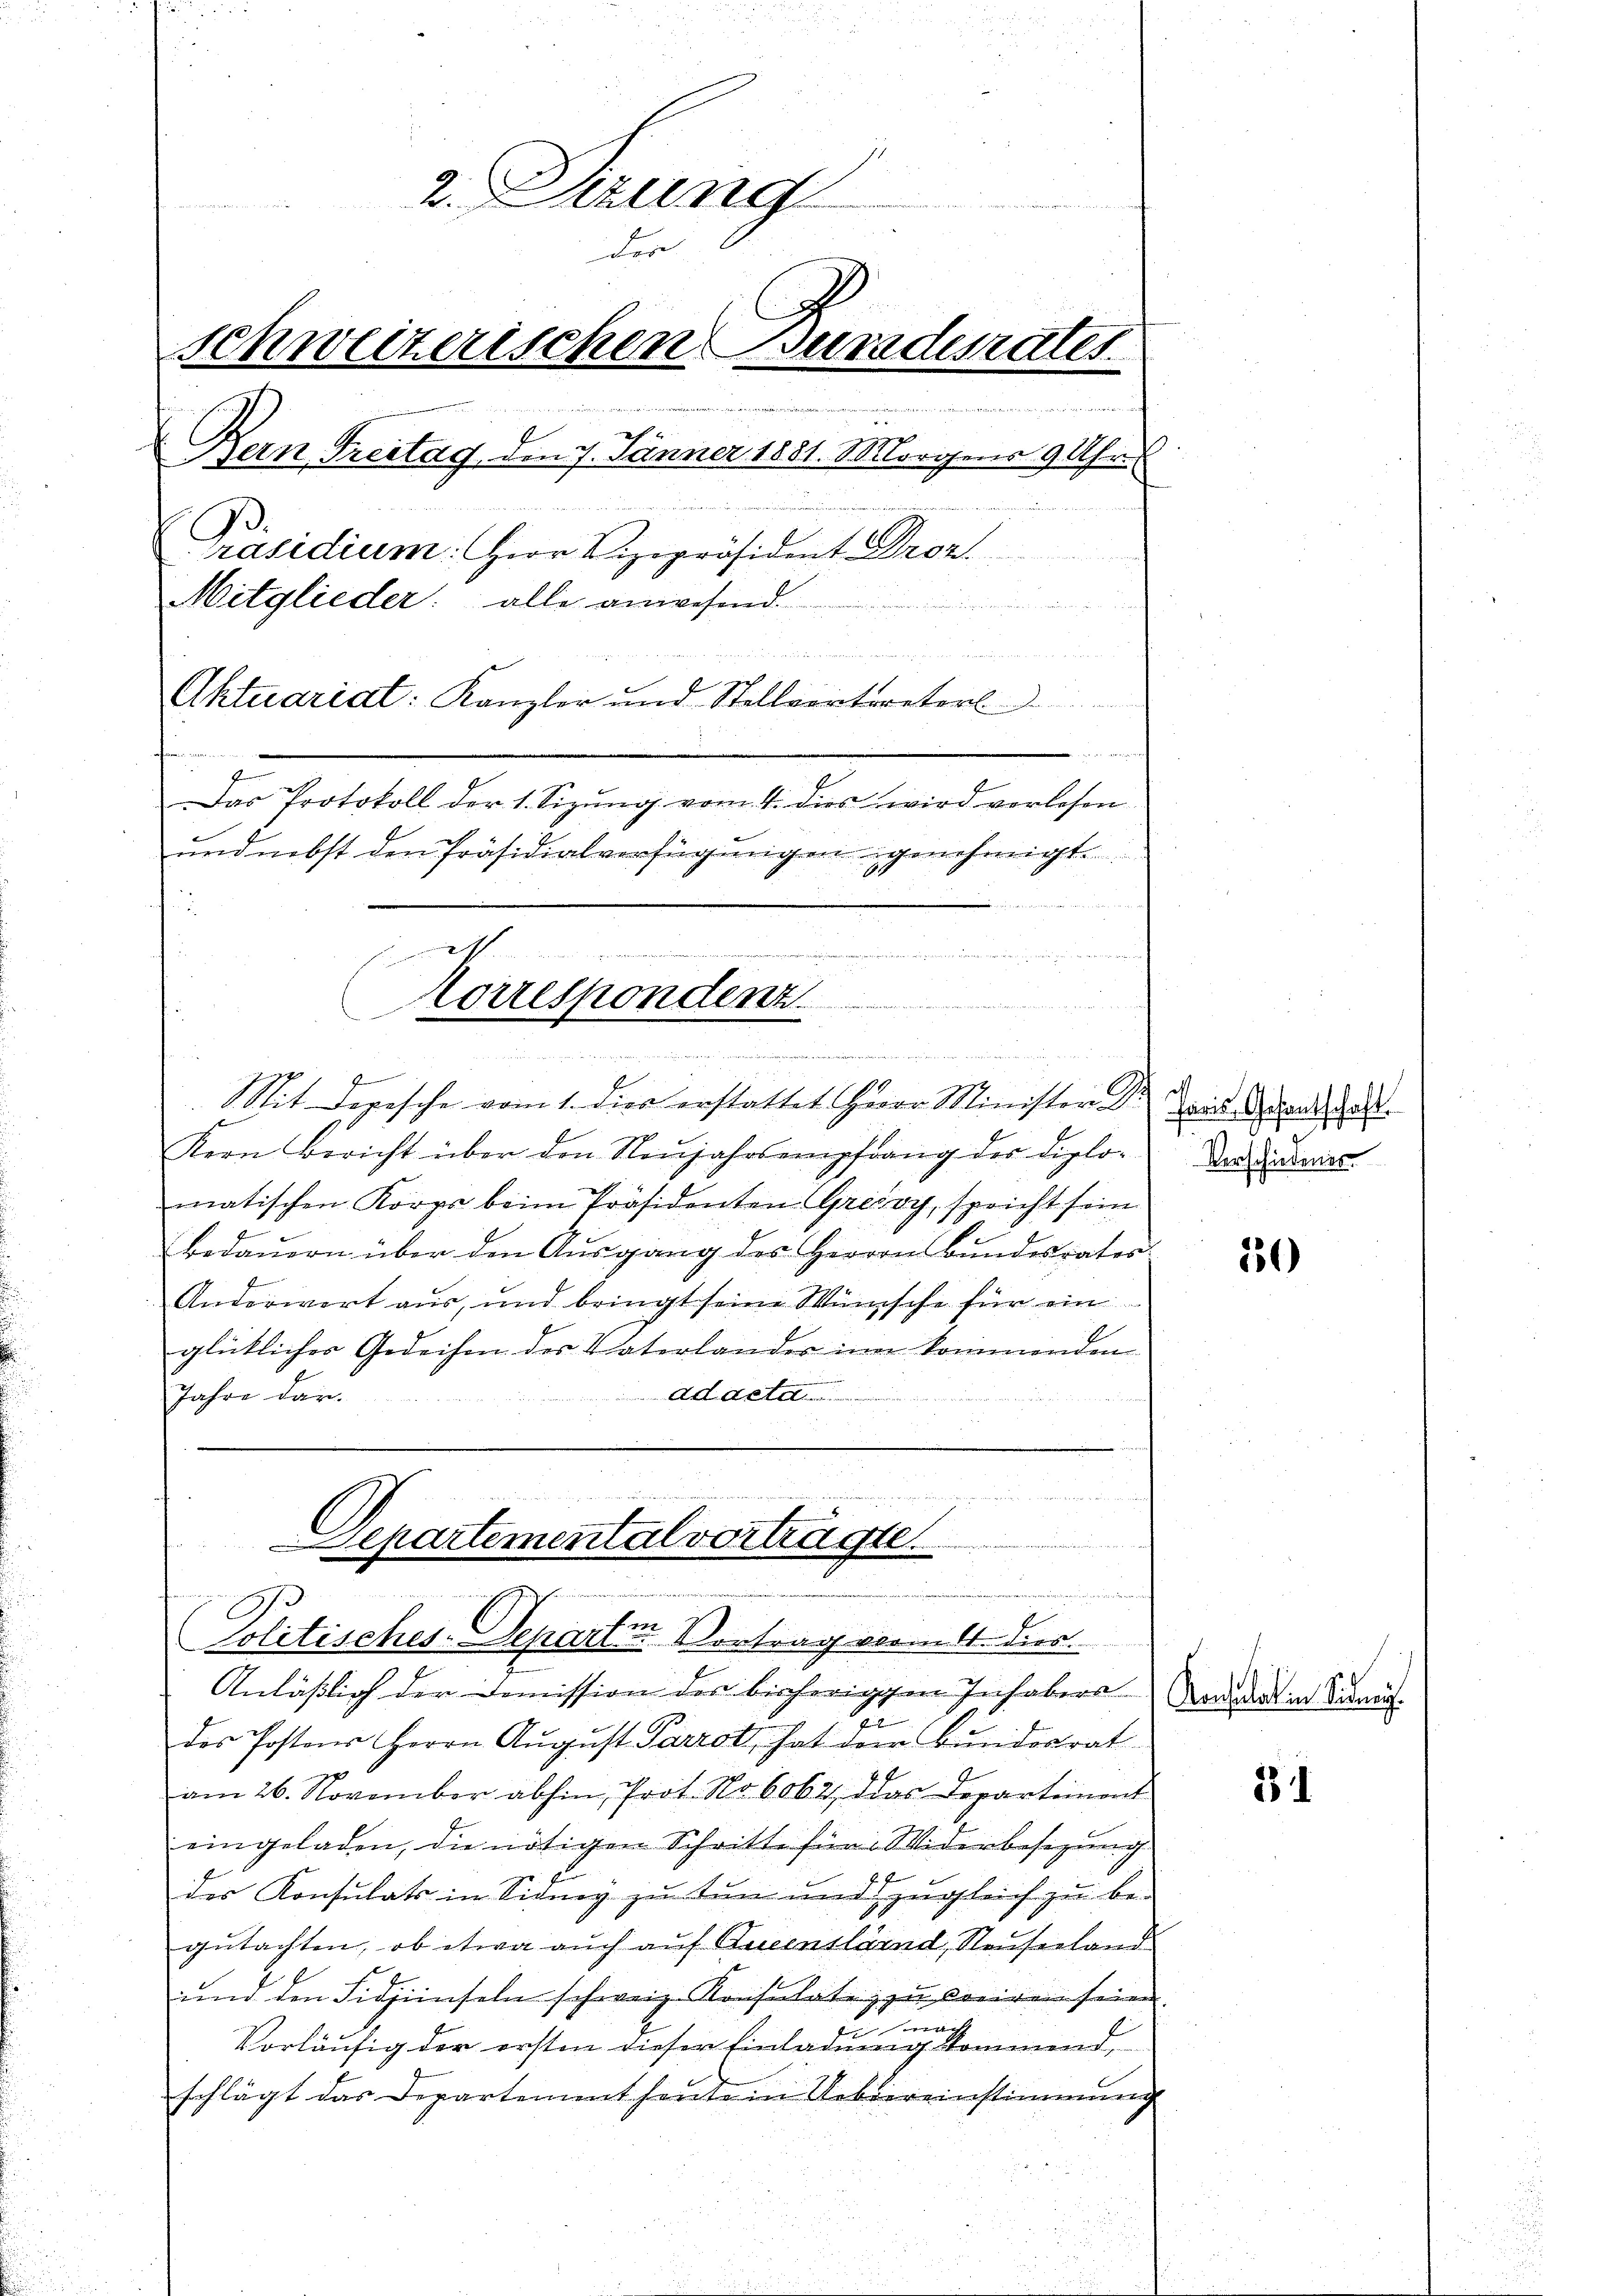
2. Dizung
der
Schweizerischen uradesrates
Den 24. Fr
22 f
Bern Treitag, den 7. Jänner 1881. Morgens 9 Uhr
Präsidium: Herr Vizepräsident Droz.
Mitglieder: alle anwesend.

  ..  ..  ..  ..
Aktuaridt: Kanzler und Stellvertreter

fing
Das Protokoll der 1. Sizŭng vom 4. dies wird verlesen
und nebst den Präsidialverfügungen genehmigt.

torrespondent
.
de
 egen die bei der verurteien
1
Mit Depesche vom 1. dies erstattet Herr Minister Dr.

Kern Bericht über den Neŭjahrsempfang der Diplo- Und diesen
matischen Korps beim Präsidenten Greisy, spricht sein
Bedaŭern über den Aŭsgang des Herrn Bŭndesrates.
Anderwort aus, und bringt seine Wünsche für ein
glücklicher Gedeihen des Vaterlander in kommenden
Adaeta
Jahre dar.

endung de
5
f
Separtemenalvortragte.
Politisches-Departin Vortrag vormitt. dies

Anläßlich der Domission des bisherigen Inhabers Verdant in Sinn.
des Postens Herrn August Parrot, hat der Bundesrat
am 26. November abhin, Prot. No 6062, das Departiment
eingeladen, die nötigen Schritt für Widerbesezung
des Konsulats in Sidney zu tun und zugleich zu be-
gutachten, ob etwa auch auf Bueensland, Neuferland
und den Fidjenseln schweiz. Konsulate zu koriren seien
Vorläufig der ersten dieser Einladung kommend,
schlägt das Departement heute in Uebereinstimmung

i mach

Paris Gesantschaft

20

31